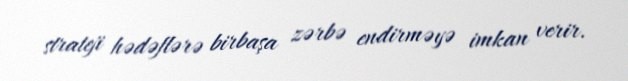
strateji hədəflərə birbaşa zərbə endirməyə imkan verir.